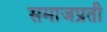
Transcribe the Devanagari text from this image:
समाजप्रती